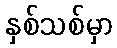
နှစ်သစ်မှာ